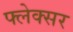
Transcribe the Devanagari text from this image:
फ्लेक्सर